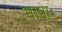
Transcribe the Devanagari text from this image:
भाषाः